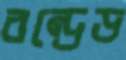
বন্ডেড